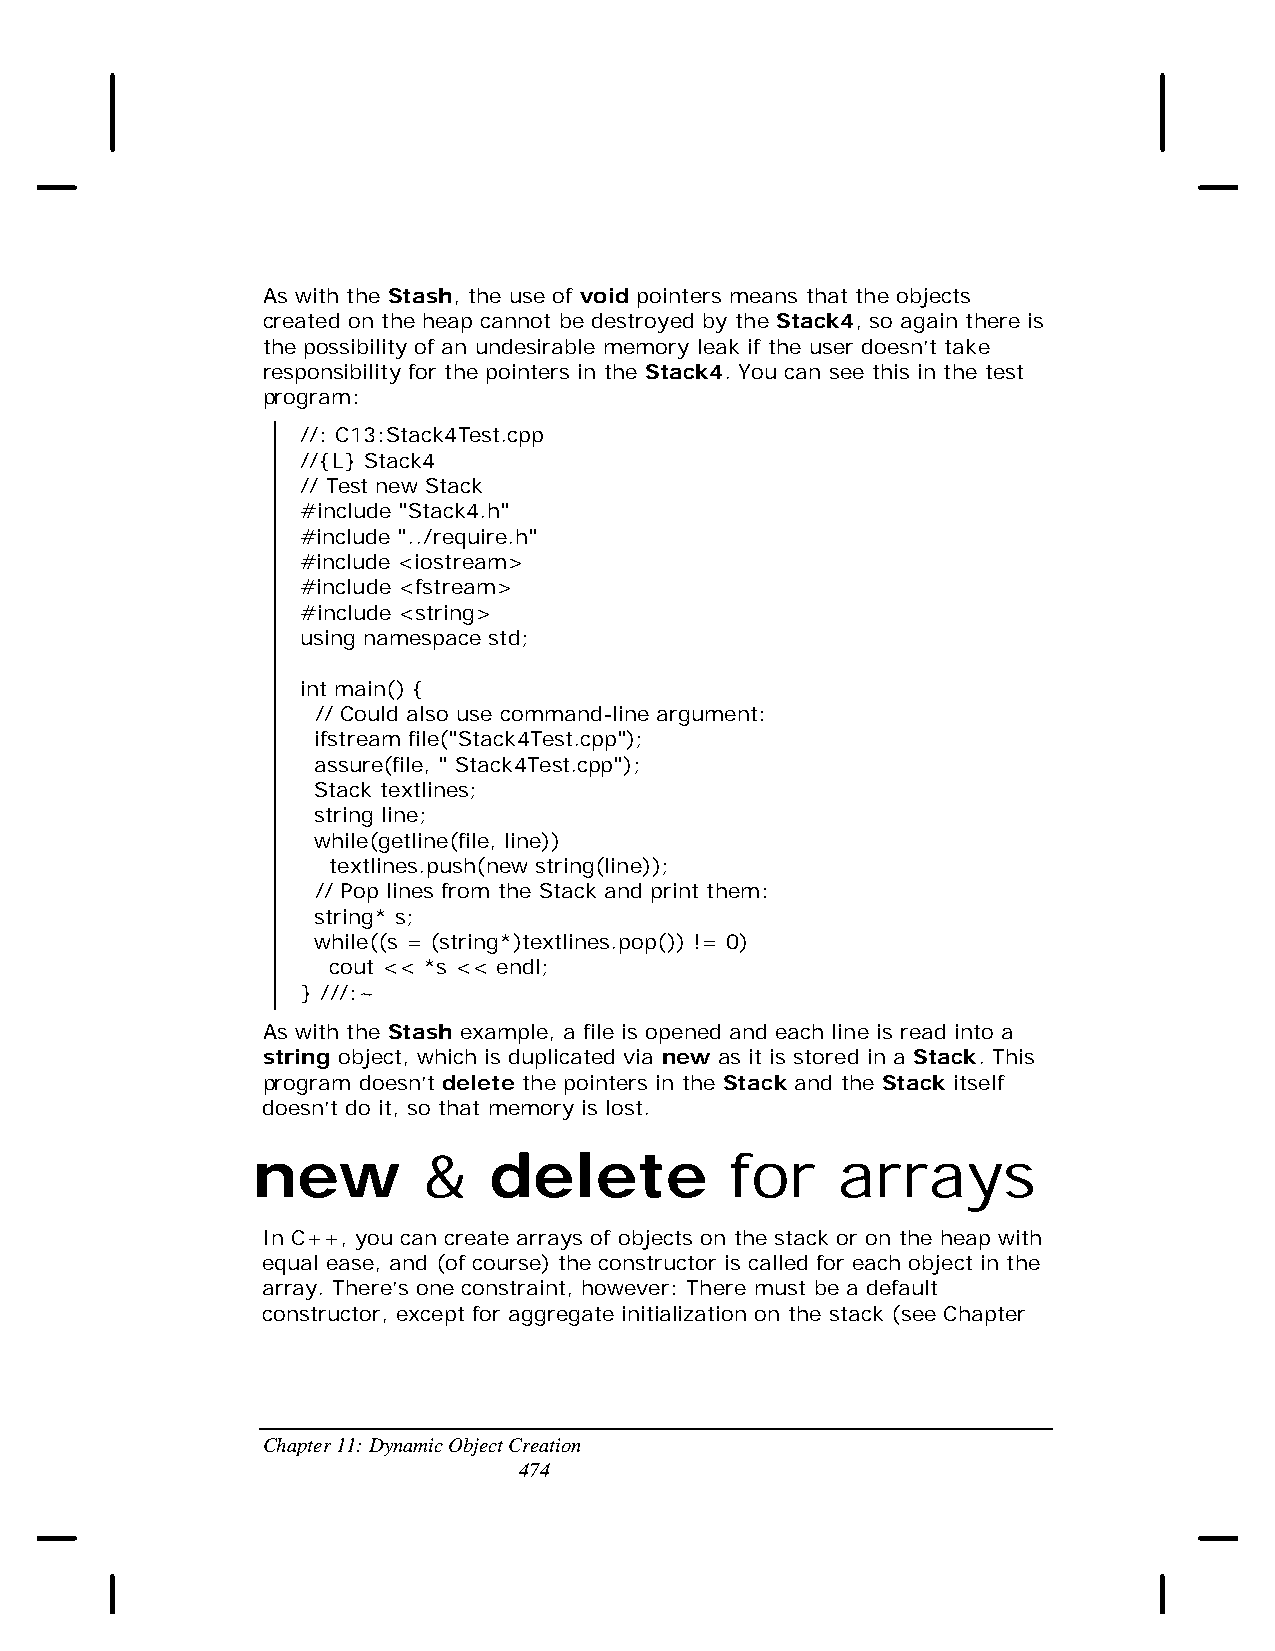
As with the Stash, the use of void pointers means that the objects
 created on the heap cannot be destroyed by the Stack4, so again there is
 the possibility of an undesirable memory leak if the user doesn’t take
 responsibility for the pointers in the Stack4. You can see this in the test
 program:
 //: C13:Stack4Test.cpp
 //{L} Stack4
 // Test new Stack
 #include "Stack4.h"
 #include "../require.h"
 #include <iostream>
 #include <fstream>
 #include <string>
 using namespace std;
 int main() {
 // Could also use command-line argument:
 ifstream file("Stack4Test.cpp");
 assure(file, " Stack4Test.cpp");
 Stack textlines;
 string line;
 while(getline(file, line))
 textlines.push(new string(line));
 // Pop lines from the Stack and print them:
 string* s;
 while((s = (string*)textlines.pop()) != 0)
 cout << *s << endl;
 } ///:~
 As with the Stash example, a file is opened and each line is read into a
 string object, which is duplicated via new as it is stored in a Stack. This
 program doesn’t delete the pointers in the Stack and the Stack itself
 doesn’t do it, so that memory is lost.
 new        &   delete          for    arrays
 In C++, you can create arrays of objects on the stack or on the heap with
 equal ease, and (of course) the constructor is called for each object in the
 array. There’s one constraint, however: There must be a default
 constructor, except for aggregate initialization on the stack (see Chapter
 Chapter 11: Dynamic Object Creation
 474